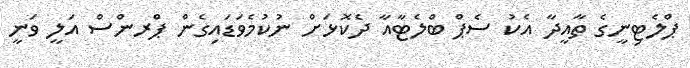
ޕްލެޓިނީގެ ތާއީދާ އެކު ސެޕް ބްލެޓާއާ ދެކޮޅަށް ނުކުމެވަޑައިގެން ޕްރންސް އަލީ ވަނީ